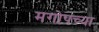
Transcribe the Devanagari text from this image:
मगोपच्या